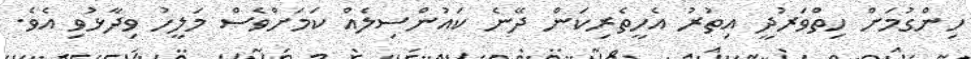
ހިންގުމަށް ހިތްވަރުދީ އިތުރު އެހީތެރިކަން ދޭނެ ކައުންސިލެއް ކަމަށްވެސް މަލީހު ވިދާޅުވި އެވެ.